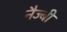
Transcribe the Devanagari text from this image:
नैज्बी